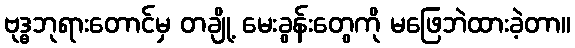
ဗုဒ္ဓဘုရားတောင်မှ တချို့ မေးခွန်းတွေကို မဖြေဘဲထားခဲ့တာ။